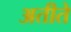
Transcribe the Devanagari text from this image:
अतीते